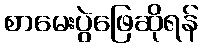
စာမေးပွဲဖြေဆိုရန်